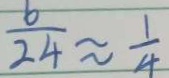
\frac { 6 } { 2 4 } \approx \frac { 1 } { 4 }